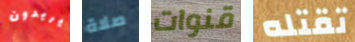
يريدون صلاة قنوات تقتله